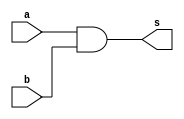
// Projetar e simular LU
// Wadson Ferreira
// 460631

module AND(output s, input a, input b);
	and A1(s,a,b);
endmodule

module OR(output s, input a, input b);
	or O1(s,a,b);
endmodule

module NAND(output s, input a, input b);
	nand A1(s,a,b);
endmodule

module NOR(output s, input a, input b);
	nor O1(s,a,b);
endmodule

module LU(output[1:0] s, input a, input b, input select);
	wire and1;
	wire or1;
	wire nand1;
	wire nor1;
	AND A1(and1,a,b);
	OR O1(or1,a,b);
	NAND NA1(nand1,a,b);
	NOR NO1(nor1,a,b);
	assign s = (select==0) ? {and1,or1} : {nand1,nor1};
endmodule

module teste;
	wire[1:0] saida;
	reg entradaA,entradaB;
	reg select;
	LU L1(saida,entradaA,entradaB,select);
	initial begin
		$display("\nWadson Ferreira - 460631\n0=AND_OR 1=NAND_NOR");
		#1 entradaA=1'b0; entradaB=1'b0; select=1'b0;
		   $monitor("%b (%b) %b = %b_%b",entradaA,select,entradaB,saida[1],saida[0]);
		#1 entradaA=4'b0; entradaB=4'b1; select=1'b0;
		#1 entradaA=4'b1; entradaB=4'b0; select=1'b0;
		#1 entradaA=4'b1; entradaB=4'b1; select=1'b0;
		#1 entradaA=4'b0; entradaB=4'b0; select=1'b1;
		#1 entradaA=4'b0; entradaB=4'b1; select=1'b1;
		#1 entradaA=4'b1; entradaB=4'b0; select=1'b1;
		#1 entradaA=4'b1; entradaB=4'b1; select=1'b1;
	end
endmodule